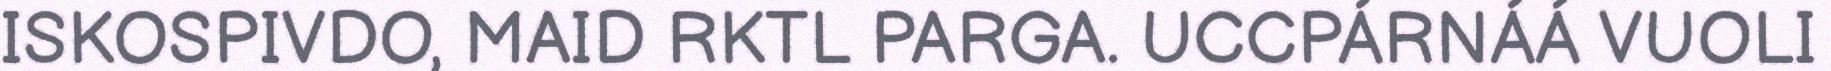
ISKOSPIVDO, MAID RKTL PARGA. UCCPÁRNÁÁ VUOLI